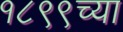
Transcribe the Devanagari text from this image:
१८९९च्या